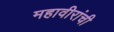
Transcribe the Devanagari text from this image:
महावीरांची